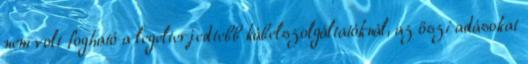
nem volt fogható a legelterjedtebb kábelszolgáltatóknál, az őszi adásokat